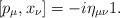
\begin{gather*}[p_\mu,x_\nu]=-i\eta_{\mu\nu}1.\end{gather*}